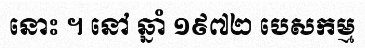
នោះ ។ នៅ ឆ្នាំ ១៩៧២ បេសកម្ម